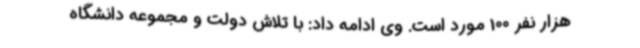
هزار نفر 100 مورد است. وی ادامه داد: با تلاش دولت و مجموعه دانشگاه